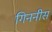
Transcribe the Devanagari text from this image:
गिननीस